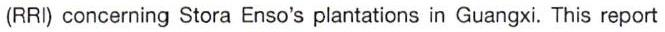
(RRI) concerning Stora Enso's plantations in Guangxi. This report